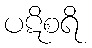
ပဋိစရိ